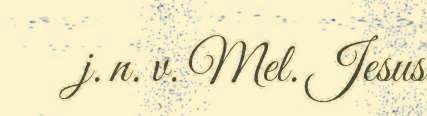
j. n. v. Mel. Jesus